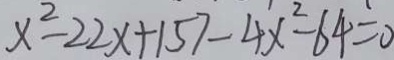
x ^ { 2 } - 2 2 x + 1 5 7 - 4 x ^ { 2 } - 6 4 = 0